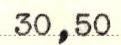
30,50